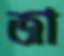
জা